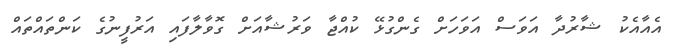
އެއާއެކު ޝާރުދާ އަވަސް އަވަހަށް ގެންގުޅޭ ކުއްޖާ ވަރުޝާއަށް ގޮވާލާފައި އަރުފީނުގެ ކަންތައްތައް